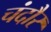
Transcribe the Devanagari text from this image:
चंदौर